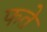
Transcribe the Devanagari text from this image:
फते